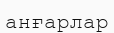
анғарлар